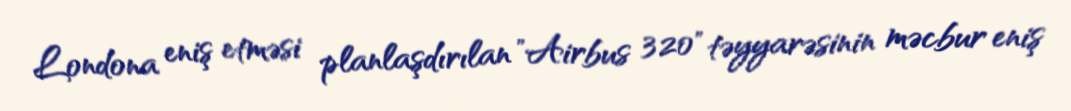
Londona eniş etməsi planlaşdırılan "Airbus 320" təyyarəsinin məcbur eniş